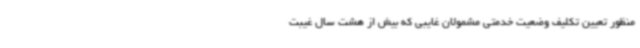
منظور تعیین تکلیف وضعیت خدمتی مشمولان غایبی که بیش از هشت سال غیبت